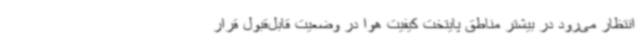
انتظار می‌رود در بیشتر مناطق پایتخت کیفیت هوا در وضعیت قابل‌قبول قرار